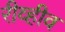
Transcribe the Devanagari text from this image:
रीव्हीव